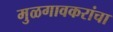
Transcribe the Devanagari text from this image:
मुळगावकरांचा